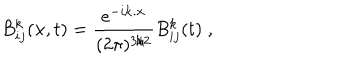
LaTeX: B _ { i j } ^ { k } ( { \bf x } , t ) = \frac { { e } ^ { - i { \bf k } . { \bf x } } } { ( 2 \pi ) ^ { 3 / 2 } } B _ { i j } ^ { k } ( t ) \; ,